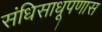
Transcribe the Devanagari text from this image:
संधिसाधूपणास